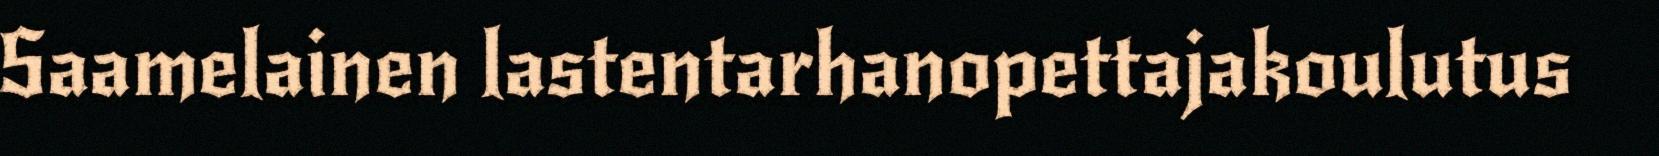
Saamelainen lastentarhanopettajakoulutus